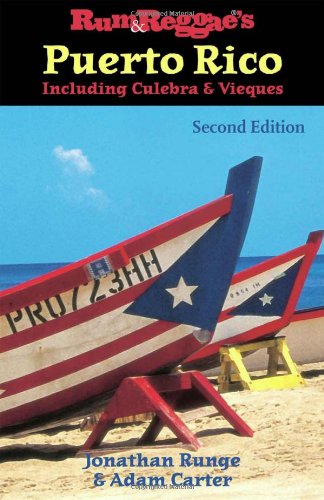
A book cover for Rum & Reggae's Puerto Rico, Including Culebra & Vieques (Rum & Reggae series); Jonathan Runge; Travel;